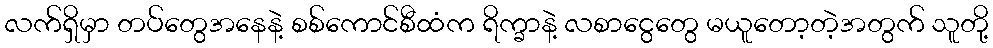
လက်ရှိမှာ တပ်တွေအနေနဲ့ စစ်ကောင်စီထံက ရိက္ခာနဲ့ လစာငွေတွေ မယူတော့တဲ့အတွက် သူတို့